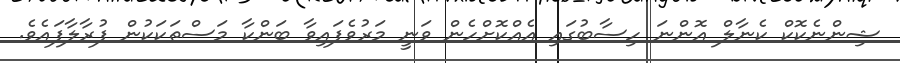
ޝިންނެކޮކް ކެނާލް އޮންނަ ހިސާބުގައި އެއްކޮށްހެން ވަނީ މަރުވެފައިވާ ބަންކާ މަސްތަކަކުން ފުރާލާފައެވެ.